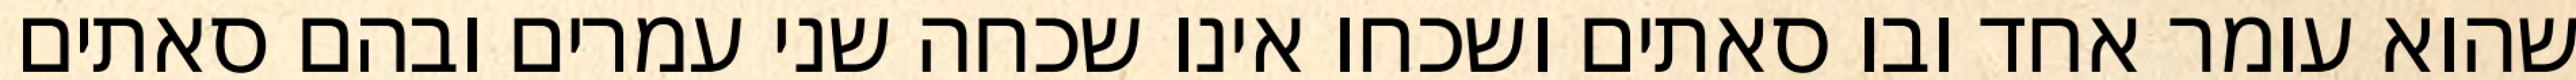
שהוא עומר אחד ובו סאתים ושכחו אינו שכחה שני עמרים ובהם סאתים